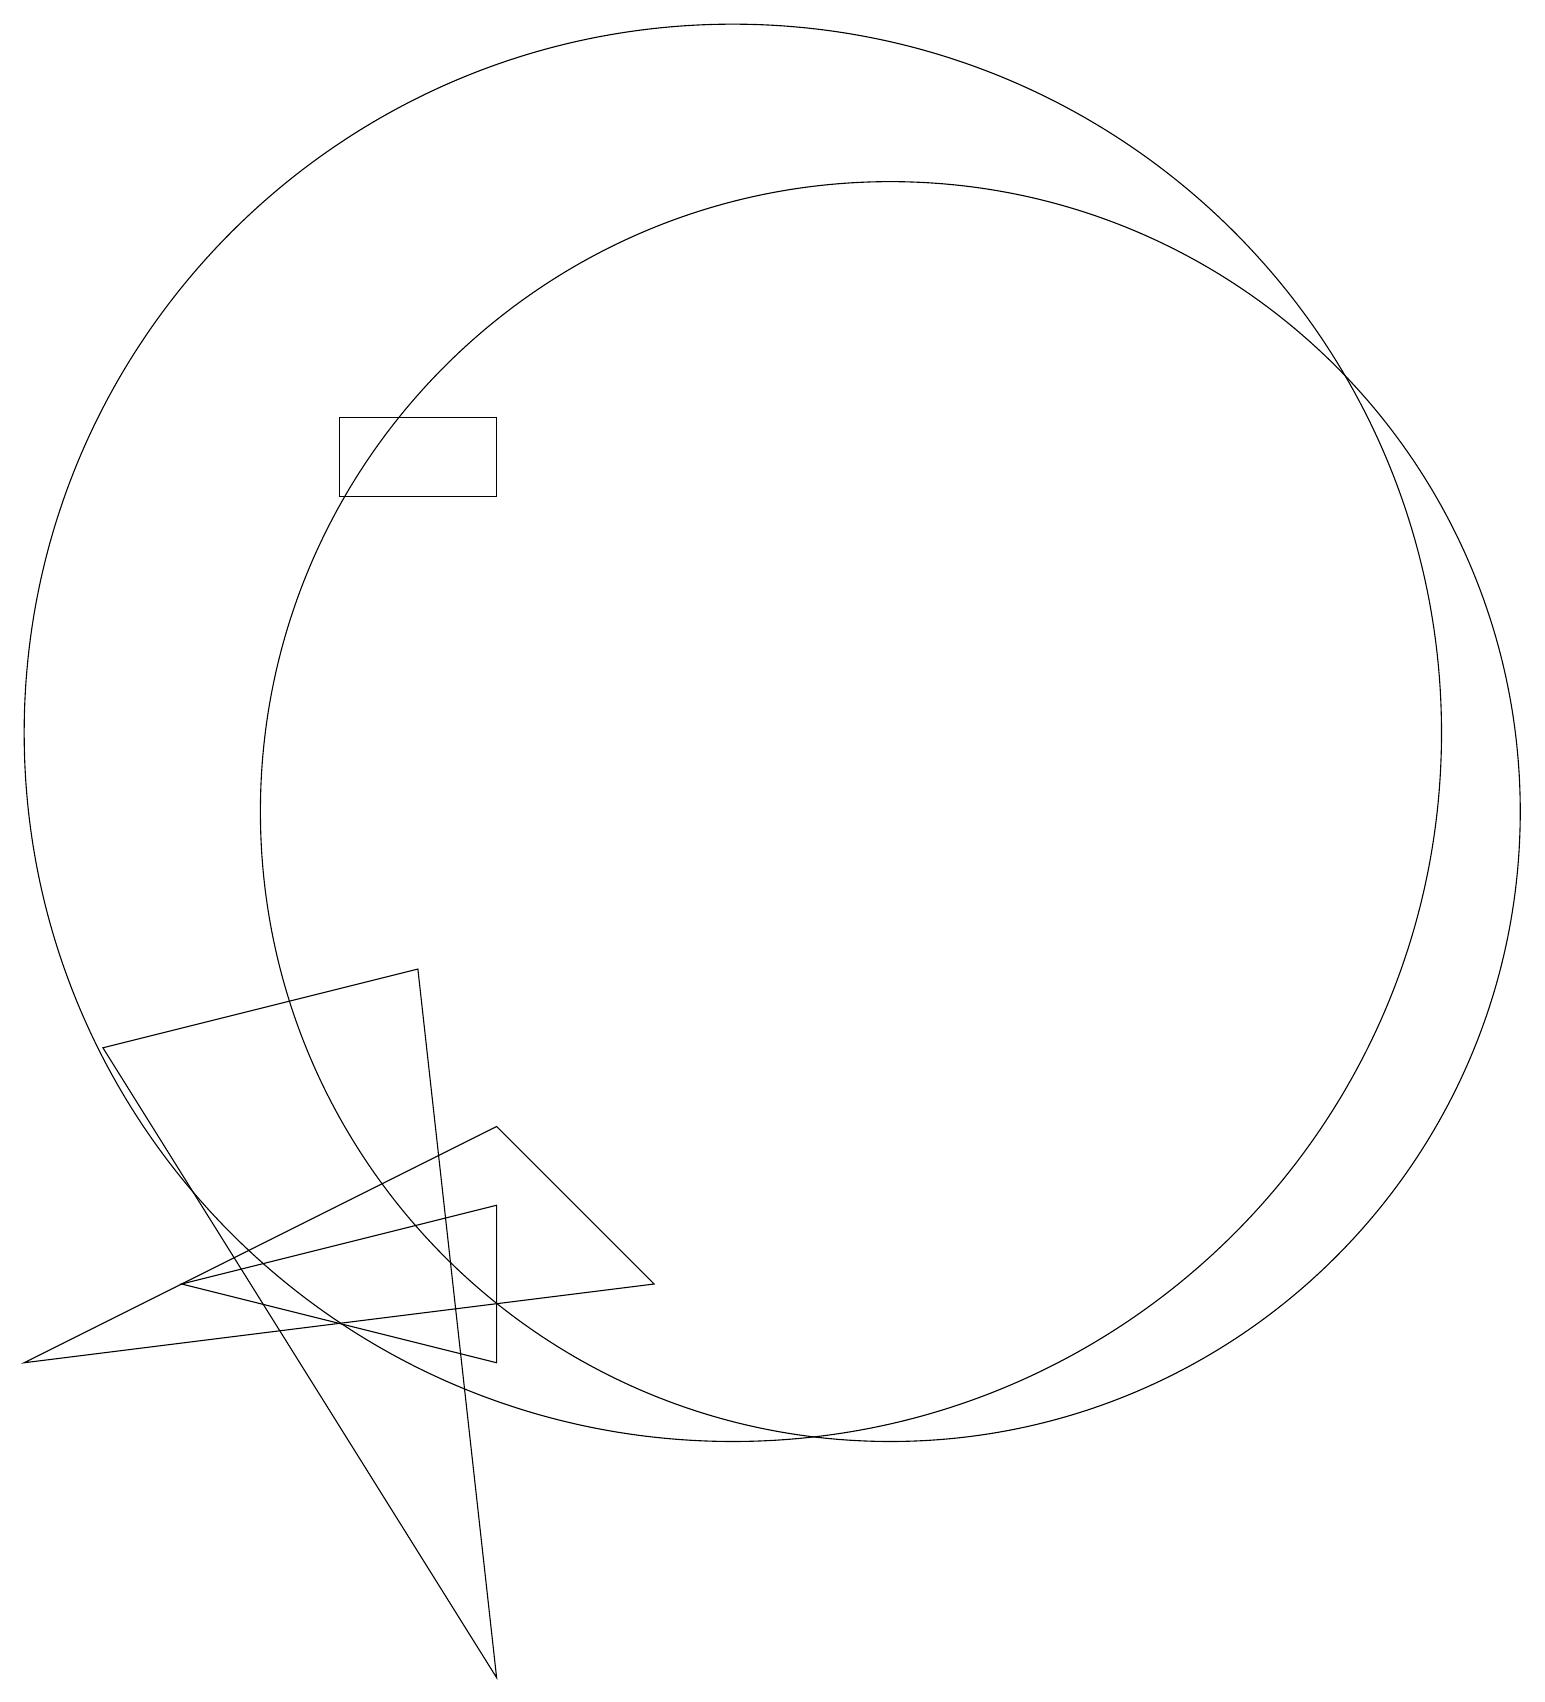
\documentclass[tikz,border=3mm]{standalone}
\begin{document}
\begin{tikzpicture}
\draw (7,6) -- (3,5) -- (7,4) -- cycle;
\draw (7,7) -- (1,4) -- (9,5) -- cycle;
\draw (6,9) -- (7,0) -- (2,8) -- cycle;
\draw (10,12) circle (9);
\draw (5,16) rectangle (7,15);
\draw (12,11) circle (8);
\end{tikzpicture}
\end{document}